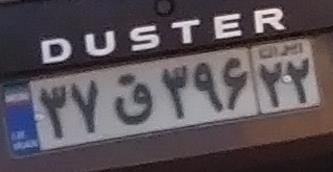
۳۷ق۲۹۶۲۲